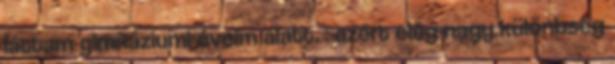
láttam gimnáziumi éveim alatt. : azért elég nagy különbség